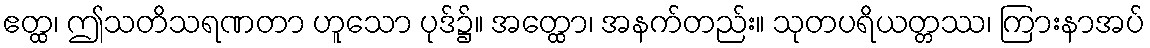
ဧတ္ထ၊ ဤသတိသရဏတာ ဟူသော ပုဒ်၌။ အတ္ထော၊ အနက်တည်း။ သုတပရိယတ္တဿ၊ ကြားနာအပ်